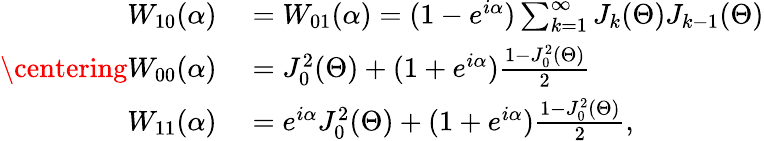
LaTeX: \centering\begin{array}{rl}{W_{10}(\alpha)}&{{}=W_{01}(\alpha)=(1-e^{i\alpha})\sum_{k=1}^{\infty}J_{k}(\Theta)J_{k-1}(\Theta)}\\ {W_{00}(\alpha)}&{{}=J_{0}^{2}(\Theta)+(1+e^{i\alpha})\frac{1-J_{0}^{2}(\Theta)}{2}}\\ {W_{11}(\alpha)}&{{}=e^{i\alpha}J_{0}^{2}(\Theta)+(1+e^{i\alpha})\frac{1-J_{0}^{2}(\Theta)}{2},}\end{array}